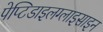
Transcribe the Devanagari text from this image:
पेप्टिडाइलग्लाइसाइन